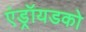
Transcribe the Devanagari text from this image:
एंड्रॉयडको